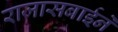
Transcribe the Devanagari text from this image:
राजासबाईने